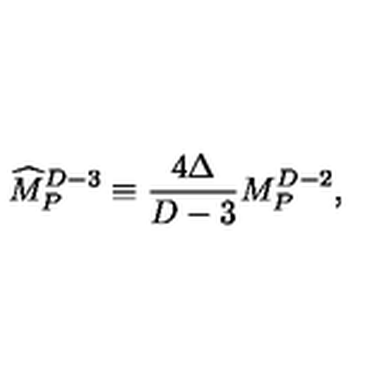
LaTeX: { \widehat M } _ { P } ^ { D - 3 } \equiv { \frac { 4 \Delta } { D - 3 } } M _ { P } ^ { D - 2 } ,